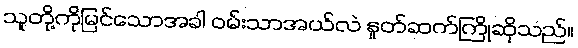
သူတို့ကိုမြင်သောအခါ ဝမ်းသာအယ်လဲ နှုတ်ဆက်ကြိုဆိုသည်။